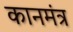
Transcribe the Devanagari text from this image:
कानमंत्र